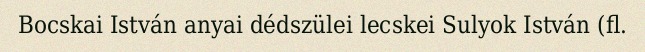
Bocskai István anyai dédszülei lecskei Sulyok István (fl.